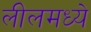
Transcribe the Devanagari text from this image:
लीलमध्ये